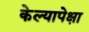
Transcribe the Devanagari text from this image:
केल्यापेक्षा